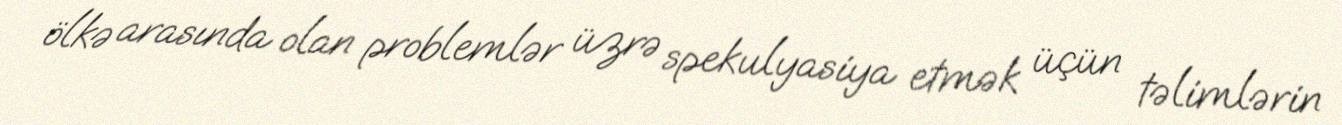
ölkə arasında olan problemlər üzrə spekulyasiya etmək üçün təlimlərin